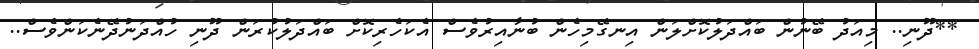
**ދޫނި.. މިއަދު ބޭނުން ބައްދަލުކޮށްލަން އިނގޭމިހެން ބުނާއިރުވެސް އެކަހެރިކޮށް ބައްދަލުކުރަން ދޫނި ހުއްދަނުދޭނެކަންވެސް..